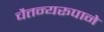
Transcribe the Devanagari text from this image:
चैतन्यरूपाने